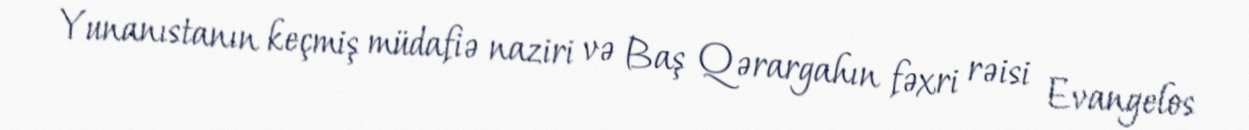
Yunanıstanın keçmiş müdafiə naziri və Baş Qərargahın fəxri rəisi Evangelos